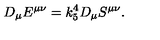
D _ { \mu } E ^ { \mu \nu } = k _ { 5 } ^ { 4 } D _ { \mu } S ^ { \mu \nu } .